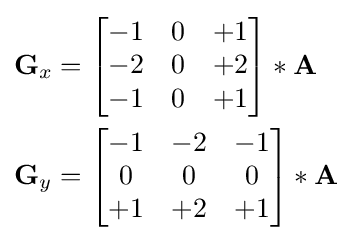
{\begin{aligned}\mathbf {G} _{x}&={\begin{bmatrix}-1&0&+1\\-2&0&+2\\-1&0&+1\end{bmatrix}}*\mathbf {A} \\\mathbf {G} _{y}&={\begin{bmatrix}-1&-2&-1\\0&0&0\\+1&+2&+1\end{bmatrix}}*\mathbf {A} \end{aligned}}